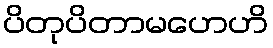
ပိတုပိတာမဟေဟိ